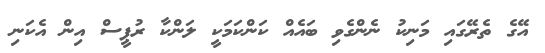
އޭގެ ތެރޭގައި މަނިކު ނެންގެވި ބައެއް ކަންކަމަކީ ލަންކާ ރުޕީސް އިން އެކަނި